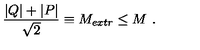
{ \frac { | Q | + | P | } { \sqrt 2 } } \equiv M _ { e x t r } \leq M \ .